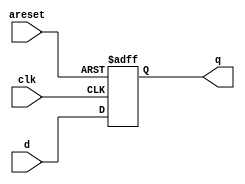
module top_module (
    input clk,
    input areset,   // active high asynchronous reset
    input [7:0] d,
    output reg [7:0] q
);

always @(posedge clk or posedge areset) begin
    if (areset)
        q <= 8'b0;      // On reset, set all outputs to 0
    else
        q <= d;         // On clock edge, capture input d
end

endmodule